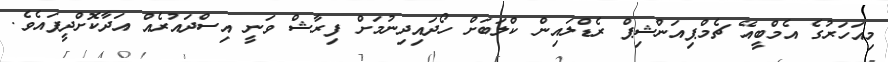
މިއަހަރުގެ އެމްބީއޭ ޗެމްޕިއަންޝިޕް ރެޑްލައިން ކްލަބަށް ހޯދައިދިނުމަށް ފިރާޝް ވަނީ އިސްދައުރެއް އަދާކޮށްދީފައެވެ.